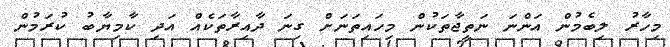
މިހާރު ލިބެމުން އަންނަ ނަތީޖާތަކުން މިހައިތަނަށް ގިނަ ދާއިރާތަކެއް އަދި ކާމިޔާބު ކުރަމުން